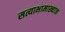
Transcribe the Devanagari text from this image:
सत्याभामाख्यान